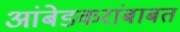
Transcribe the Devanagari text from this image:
आंबेडकरांबाबत